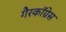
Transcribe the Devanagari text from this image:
गैरकॉग्रेस